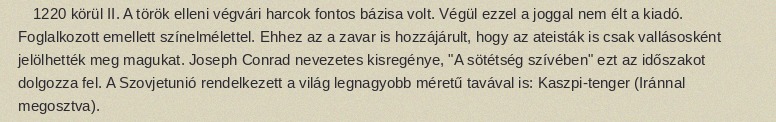
1220 körül II. A török elleni végvári harcok fontos bázisa volt. Végül ezzel a joggal nem élt a kiadó. Foglalkozott emellett színelmélettel. Ehhez az a zavar is hozzájárult, hogy az ateisták is csak vallásosként jelölhették meg magukat. Joseph Conrad nevezetes kisregénye, "A sötétség szívében" ezt az időszakot dolgozza fel. A Szovjetunió rendelkezett a világ legnagyobb méretű tavával is: Kaszpi-tenger (Iránnal megosztva).